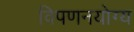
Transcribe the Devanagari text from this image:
विपणनयोग्य